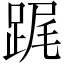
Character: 𨁱